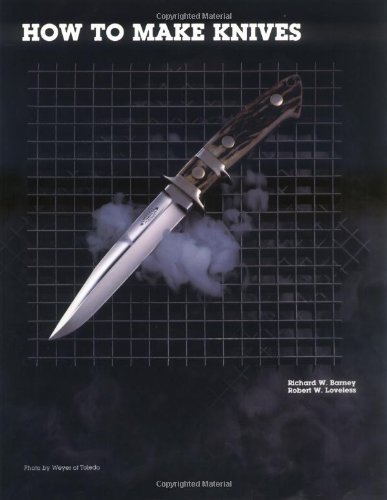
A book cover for How to Make Knives; Richard W. Barney; Crafts, Hobbies & Home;